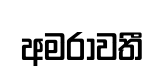
අමරාවතී